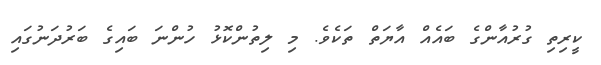
ކީރިތި ގުރުއާންގެ ބައެއް އާޔަތް ތަކެވެ. މި ލިތުންކޮޅު ހުންނަ ބައިގެ ބަރުދަނުގައި